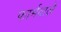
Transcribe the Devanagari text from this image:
फार्मवाले